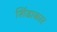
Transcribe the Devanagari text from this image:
शिंडाकार